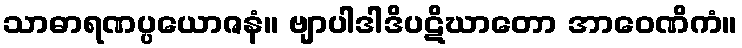
သာဓာရဏပ္ပယောဇနံ။ ဗျာပါဒါဒိပဋိဃာတော အာဝေဏိကံ။